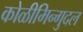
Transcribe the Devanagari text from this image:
कोळीमिन्गुदल